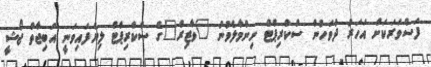
ފަސްވަރަކަށް އަހަރު ދުވަހުން ސްކްރިޕްޓް ނިންމާލެވުނު "ވާޒިރް"ގެ ސްކްރިޕްޓް ލިޔެފައިވަނީ އަބިޖާތް ޖޯޝީ